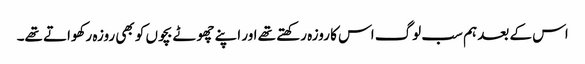
اس کے بعد ہم سب لوگ اس کا روزہ رکھتے تھے اور اپنے چھوٹے بچوں کو بھی روزہ رکھواتے تھے۔